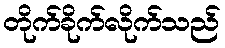
တိုက်ခိုက်လိုက်သည်